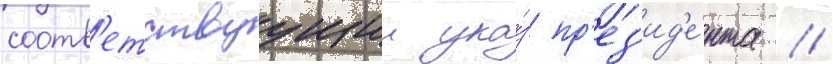
соотв'етствуущии ука́з пр'ез'ид'е́нта //